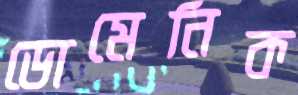
ডোমেনিক